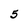
Character: 5